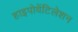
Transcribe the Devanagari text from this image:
हाइपोवेंटिलेशन